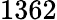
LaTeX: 1362